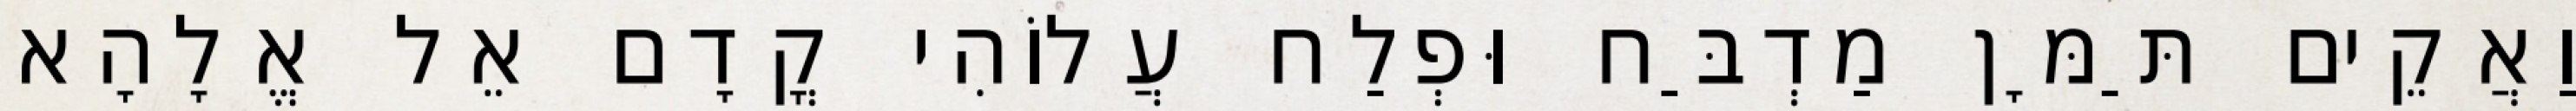
וַאֲקֵים תַּמָּן מַדְבַּח וּפְלַח עֲלוֹהִי קֳדָם אֵל אֱלָהָא